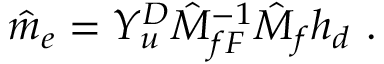
\hat { m } _ { e } = Y _ { u } ^ { D } \hat { M } _ { f F } ^ { - 1 } \hat { M } _ { f } h _ { d } ~ .